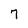
Character: 7